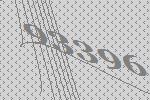
93396